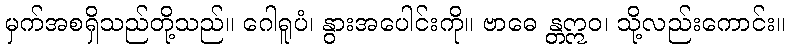
မှက်အစရှိသည်တို့သည်။ ဂေါရူပံ၊ နွားအပေါင်းကို။ ဗာဓေ န္တဣဝ၊ သို့လည်းကောင်း။